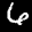
Label: 6